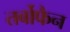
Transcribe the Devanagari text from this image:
तर्बोफैन